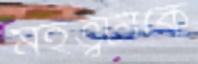
মহত্ত্বটাকে